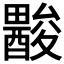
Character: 𨢽